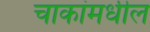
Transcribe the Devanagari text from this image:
चाकांमधील